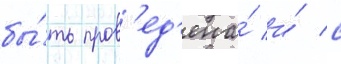
бы́ть пров'ед'ена́ и́ с